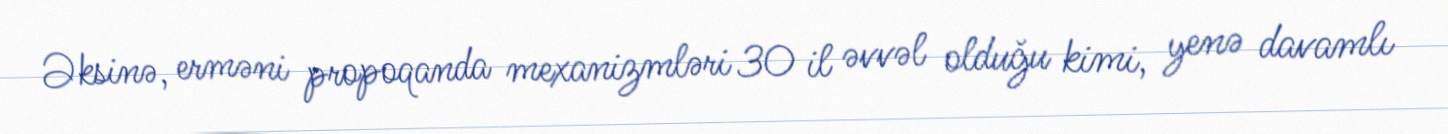
Əksinə, erməni propoqanda mexanizmləri 30 il əvvəl olduğu kimi, yenə davamlı